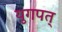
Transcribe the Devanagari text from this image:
युगपत्